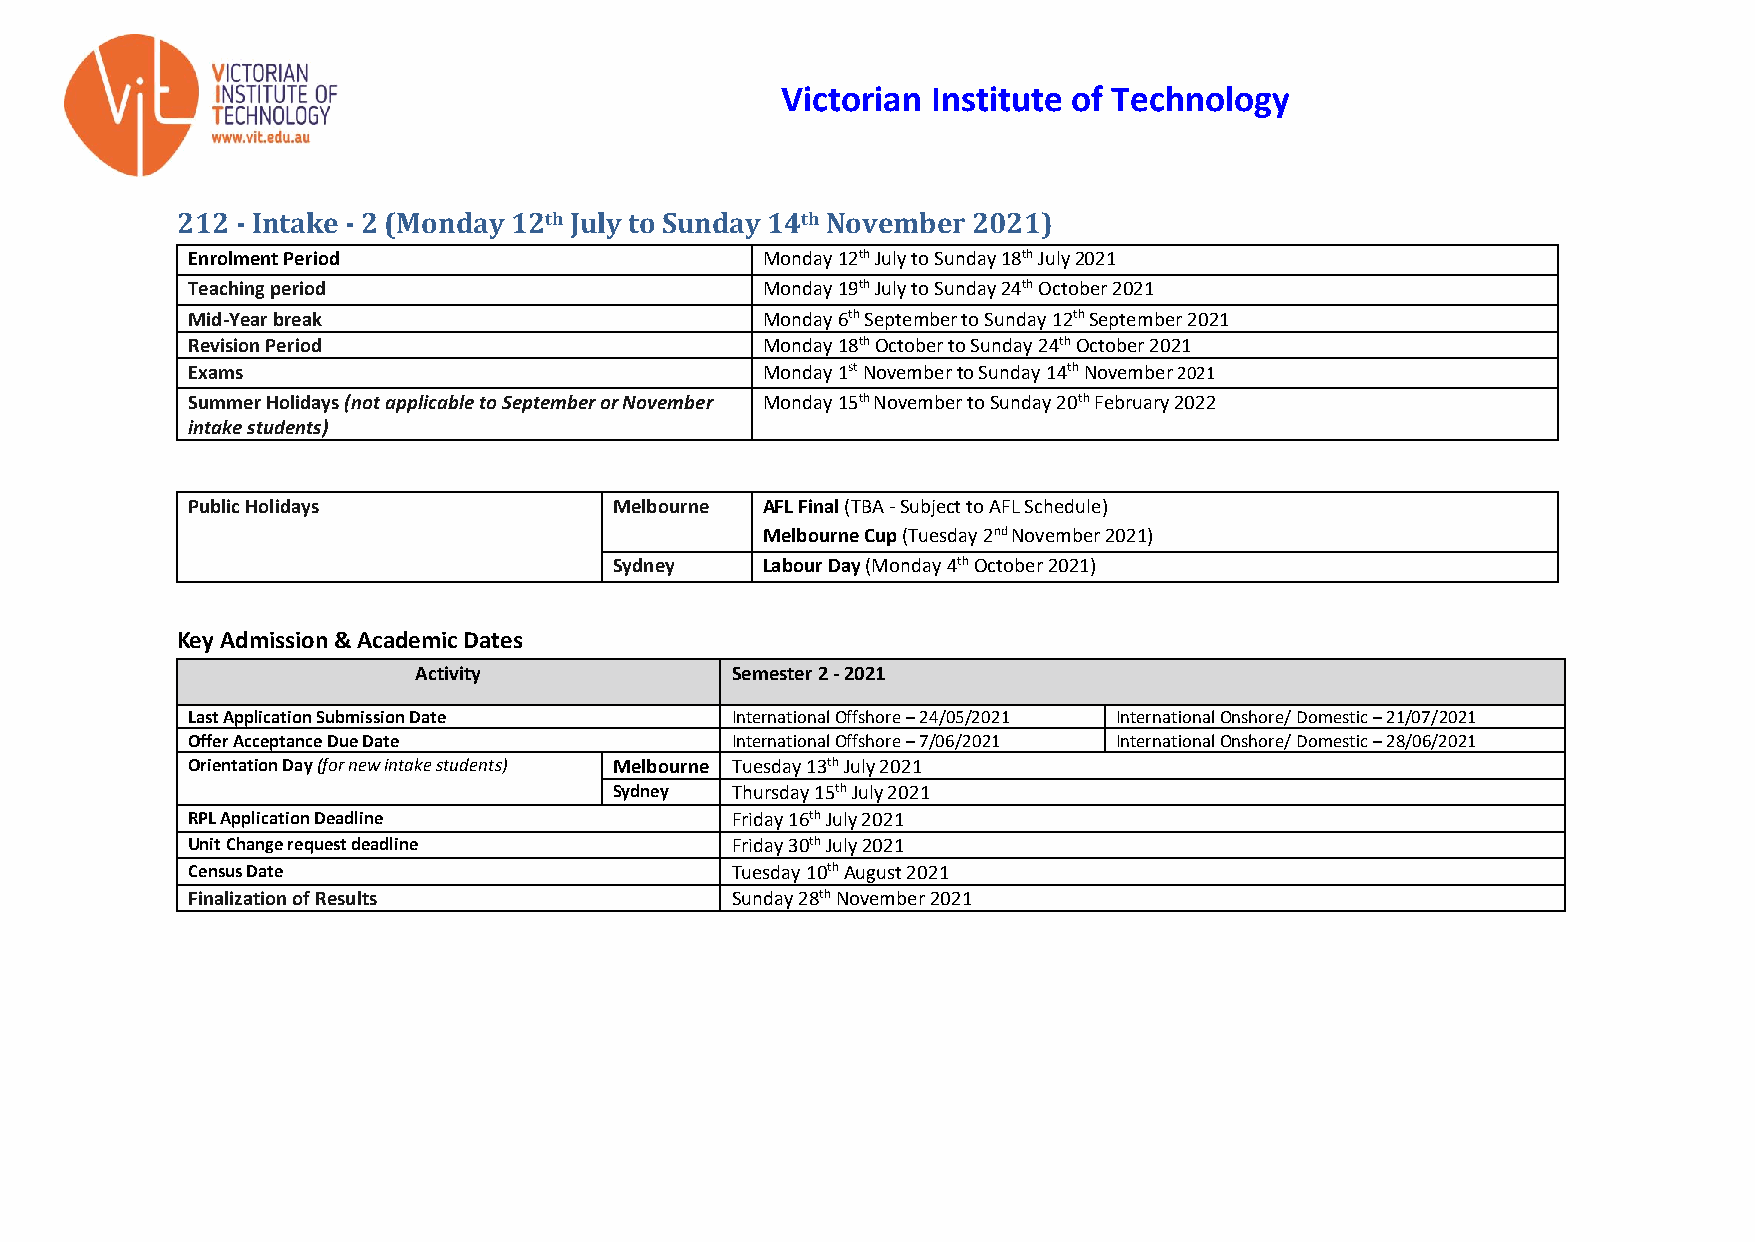
Victorian Institute of Technology
 212 - Intake - 2 (Monday 12th July to Sunday 14th November 2021)
 Enrolment Period                      Monday 12th July to Sunday 18th July 2021
 Teaching period                       Monday 19th July to Sunday 24th October 2021
 Mid-Year break                        Monday 6th September to Sunday 12th September 2021
 Revision Period                       Monday 18th October to Sunday 24th October 2021
 Exams                                 Monday 1st November to Sunday 14th November 2021
 Summer Holidays (not applicable to September or November Monday 15th November to Sunday 20th February 2022
 intake students)
 Public Holidays              Melbourne AFL Final (TBA - Subject to AFL Schedule)
 Melbourne Cup (Tuesday 2nd November 2021)
 Sydney   Labour Day (Monday 4th October 2021)
 Key Admission & Academic Dates
 Activity             Semester 2 - 2021
 Last Application Submission Date    International Offshore – 24/05/2021 International Onshore/ Domestic – 21/07/2021
 Offer Acceptance Due Date           International Offshore – 7/06/2021 International Onshore/ Domestic – 28/06/2021
 Orientation Day (for new intake students) Melbourne Tuesday 13th July 2021
 Sydney Thursday 15th July 2021
 RPL Application Deadline            Friday 16th July 2021
 Unit Change request deadline        Friday 30th July 2021
 Census Date                         Tuesday 10th August 2021
 Finalization of Results             Sunday 28th November 2021